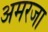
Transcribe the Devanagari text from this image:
अमरजा